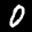
Label: 0